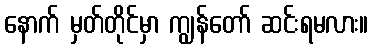
နောက် မှတ်တိုင်မှာ ကျွန်တော် ဆင်းရမလား။